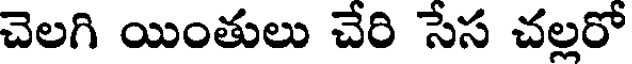
చెలగి యింతులు చేరి సేస చల్లరో